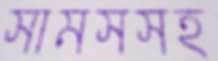
সামসসহ